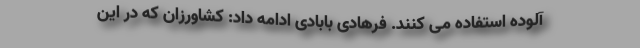
آلوده استفاده می کنند. فرهادی بابادی ادامه داد: کشاورزان که در این